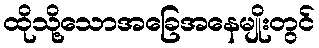
ထိုသို့သောအခြေအနေမျိုးတွင်